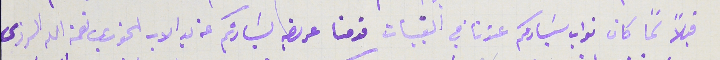
قبلاً لما كان نواب سَيادتكم عندنا في القبيات قدمنا عريضه لسَيادتكم عن يد الاب الخوري نعمة الله الرزى